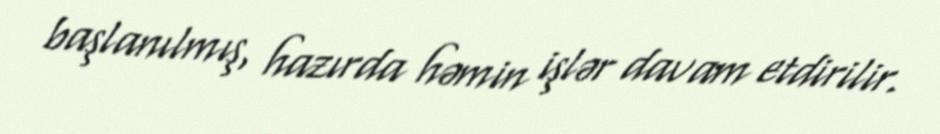
başlanılmış, hazırda həmin işlər davam etdirilir.